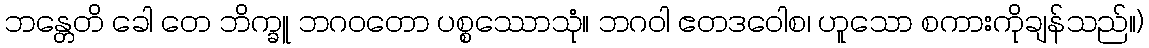
ဘန္တေတိ ခေါ တေ ဘိက္ခူ ဘဂဝတော ပစ္စဿောသုံ။ ဘဂဝါ ဧတဒဝေါစ၊ ဟူသော စကားကိုချန်သည်။)